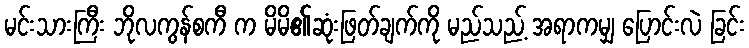
မင်းသားကြီး ဘိုလကွန်စကီ က မိမိ၏ဆုံးဖြတ်ချက်ကို မည်သည့် အရာကမျှ ပြောင်းလဲ ခြင်း